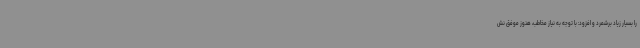
را بسیار زیاد برشمرد و افزود: با توجه به نیاز مخاطب، هنوز موفق نش